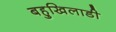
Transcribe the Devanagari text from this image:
बहुखिलाडी